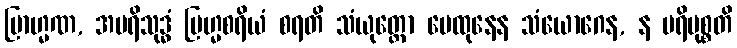
ဗြာဟ္မဏ, အပရိသုဒ္ဓံ ဗြဟ္မစရိယံ စရတိ သံယုတ္တော မေထုနေန သံယောဂေန, န ပရိမုစ္စတိ